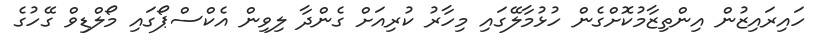
ހައިރައިޒުން އިންތިޒާމުކޮށްގެން ހުޅުމާލޭގައި މިހާރު ކުރިއަށް ގެންދާ ލިވިން އެކްސްޕޯގައި މޯލްޑިވް ގޭހުގެ